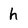
Character: h